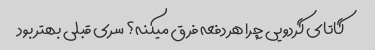
گاتای گردویی چرا هر دفعه فرق میکنه؟ سری قبلی بهتر بود